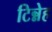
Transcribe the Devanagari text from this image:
टिन्नेह